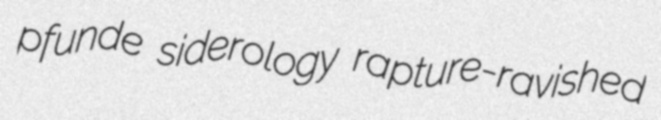
pfunde siderology rapture-ravished